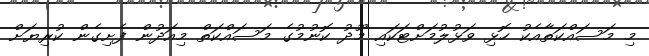
މި މަސައްކަތާއެކު ހޮޅި ވަޅުލުމަށްޓަކައި މޫދު ކޮނުމުގެ މަސައްކަތް މިއަދުން ފެށިގެން ކުރިޔަށް